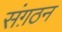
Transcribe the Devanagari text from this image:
संग़ठन